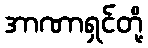
အာဏာရှင်တို့